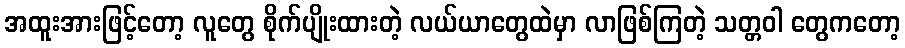
အထူးအားဖြင့်တော့ လူတွေ စိုက်ပျိုးထားတဲ့ လယ်ယာတွေထဲမှာ လာဖြစ်ကြတဲ့ သတ္တဝါ တွေကတော့